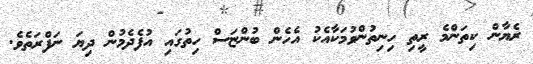
ރެޔާން ކިތަންމެ ރީތި ހިނިތުންވުމަކާއެކު އެހެން ބުންޏަސް ހިތުގައި އުފެދެމުން ދިޔަ ނަފްރަތެވެ.